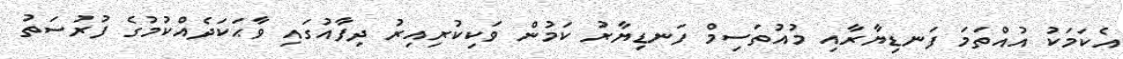
އެކަމަކު އުއްތަމަ ފަނޑިޔާރާއި މުއުތަސިމް ފަނޑިޔާރު ކަމުން ވަކިކުރިއިރު ދިފާއުގައި ވާޙަކަދެއްކުމުގެ ފުރުސަތު